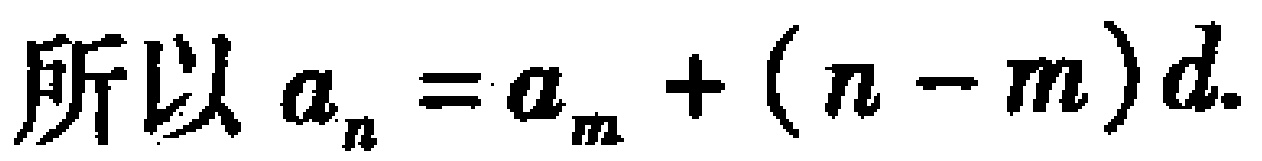
所以 \(a_{n}=a_{m}+(n - m)d\).